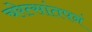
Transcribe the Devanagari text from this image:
चरेत्सांतपनं